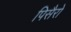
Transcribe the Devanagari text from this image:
पिसैरो